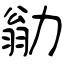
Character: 勜